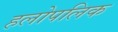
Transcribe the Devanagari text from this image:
हलोपलिक